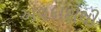
અવકાશથી